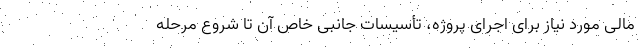
مالی مورد نیاز برای اجرای پروژه، تأسیسات جانبی خاص آن تا شروع مرحله